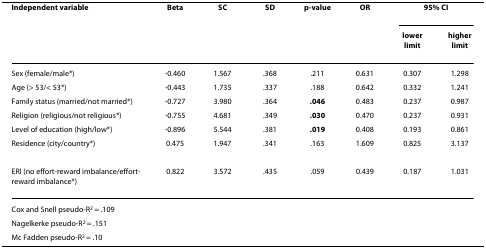
| Independent variable | Beta | SC | SD | p-value | OR | <COLSPAN=2> 95% CI |
 |  |  |  |  |  |  | lower limit | higher limit |
 | --- | --- | --- | --- | --- | --- | --- | --- |
 | Sex (female/male*) | -0.460 | 1.567 | .368 | .211 | 0.631 | 0.307 | 1.298 |
 | Age (> 53/< 53*) | -0.443 | 1.735 | .337 | .188 | 0.642 | 0.332 | 1.241 |
 | Family status (married/not married*) | -0.727 | 3.980 | .364 | .046 | 0.483 | 0.237 | 0.987 |
 | Religion (religious/not religious*) | -0.755 | 4.681 | .349 | .030 | 0.470 | 0.237 | 0.931 |
 | Level of education (high/low*) | -0.896 | 5.544 | .381 | .019 | 0.408 | 0.193 | 0.861 |
 | Residence (city/country*) | 0.475 | 1.947 | .341 | .163 | 1.609 | 0.825 | 3.137 |
 | ERI (no effort-reward imbalance/effort-reward imbalance*) | 0.822 | 3.572 | .435 | .059 | 0.439 | 0.187 | 1.031 |
 | <COLSPAN=8> Cox and Snell pseudo-R2 = .109 |
 | <COLSPAN=8> Nagelkerke pseudo-R2 = .151 |
 | <COLSPAN=8> Mc Fadden pseudo-R2 = .10 |